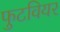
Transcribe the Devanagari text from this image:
फुटवियर